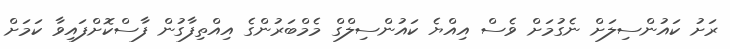
ރަށު ކައުންސިލަށް ނެގުމަށް ވެސް އިއްޔެ ކައުންސިލްގް މެމްބަރުންގެ އިއްތިފާގުން ފާސްކޮށްފައިވާ ކަމަށް